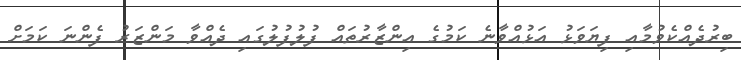
ބިރުދެއްކެވުމާއި ފިޔަވަޅު އަޅުއްވާނެ ކަމުގެ އިންޒާރުތައް ފުލުފުލުގައި ދެއްވާ މަންޒަރު ފެންނަ ކަމަށް